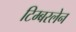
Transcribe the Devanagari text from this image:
टिम्बरलेन